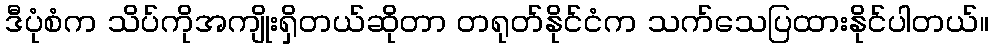
ဒီပုံစံက သိပ်ကိုအကျိုးရှိတယ်ဆိုတာ တရုတ်နိုင်ငံက သက်သေပြထားနိုင်ပါတယ်။